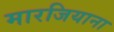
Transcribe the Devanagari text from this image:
मारजियाना